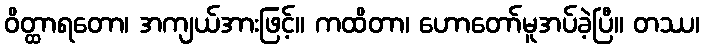
ဝိတ္ထာရတော၊ အကျယ်အားဖြင့်။ ကထိတာ၊ ဟောတော်မူအပ်ခဲ့ပြီ။ တဿ၊